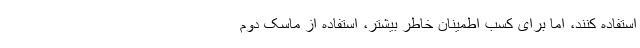
استفاده کنند، اما برای کسب اطمینان خاطر بیشتر، استفاده از ماسک دوم